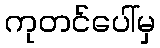
ကုတင်ပေါ်မှ